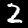
Digit: 2